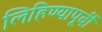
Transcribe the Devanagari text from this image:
लिहिण्‍यापूर्वी